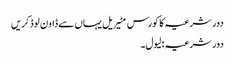
دور شرعیہ کا کورس مٹیریل یہاں سے ڈاون لوڈ کریں
دور شرعیہ : لیول۔